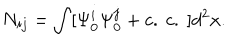
N _ { i j } = \int [ \Psi _ { 0 } ^ { i } \Psi _ { 0 } ^ { j } + c . \ c . \ ] d ^ { 2 } x .